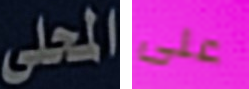
المحلى على